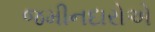
જમીનદારોએ